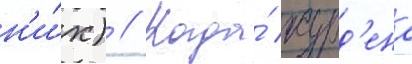
н'и́х) // Когда́ журд'ена